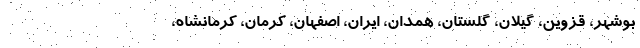
بوشهر، قزوین، گیلان، گلستان، همدان، ایران، اصفهان، کرمان، کرمانشاه،